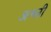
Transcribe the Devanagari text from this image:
अश्ली